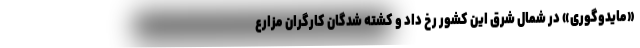
«مایدوگوری» در شمال شرق این کشور رخ داد و کشته شدگان کارگران مزارع